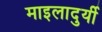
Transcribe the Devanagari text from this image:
माइलादुर्यी